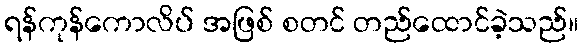
ရန်ကုန်ကောလိပ် အဖြစ် စတင် တည်ထောင်ခဲ့သည်။